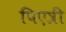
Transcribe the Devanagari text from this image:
पिएत्री